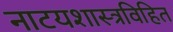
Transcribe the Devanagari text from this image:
नाटयशास्त्रविहित